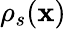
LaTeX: \rho_{s}({\mathbf x})